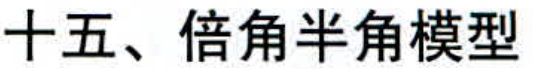
十五、倍角半角模型